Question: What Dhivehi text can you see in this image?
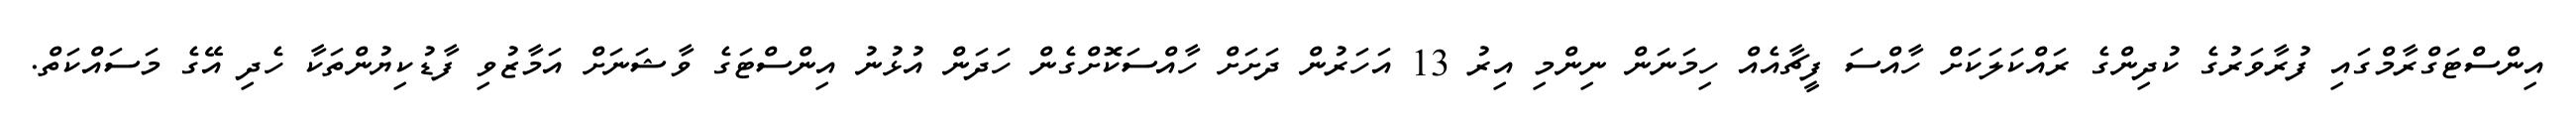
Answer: އިންސްޓަގްރާމްގައި ފުރާވަރުގެ ކުދިންގެ ރައްކަލަކަށް ހާއްސަ ފީޗާއެއް ހިމަނަން ނިންމި އިރު 13 އަހަރުން ދަށަށް ހާއްސަކޮށްގެން ހަދަން އުޅުނު އިންސްޓަގެ ވާޝަނަށް އަމާޒުވި ފާޑުކިޔުންތަކާ ހެދި އޭގެ މަސައްކަތް.